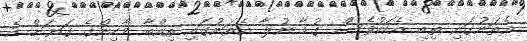
އެތަނުގައި ތިބި އެކަކުވެސް ގުޑާ ނުލާ އެތަނުގައި ތިއްބާ މާހިންގެ ގަޔަށް އެ